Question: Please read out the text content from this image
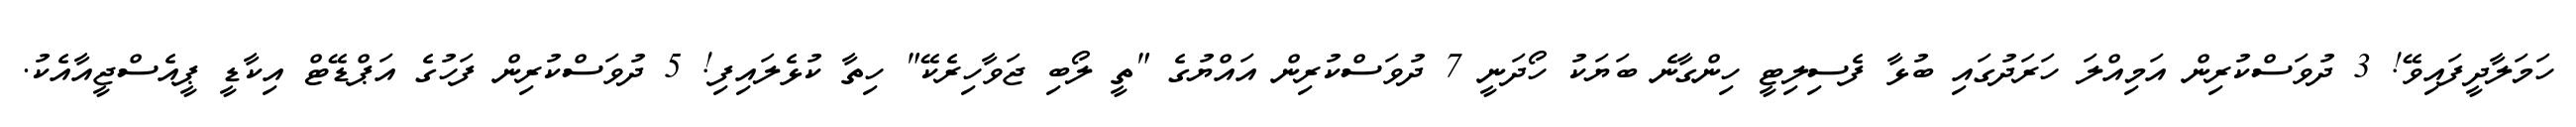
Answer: ހަމަލާދީފައިވޭ! 3 ދުވަސްކުރިން އަމިއްލަ ހަރަދުގައި ބުޅާ ފެސިލިޓީ ހިންގާނެ ބަޔަކު ހޯދަނީ 7 ދުވަސްކުރިން އައްޔުގެ "ތީ ލޯބި ޖަވާހިރެކޭ" ހިތާ ކުޅެލައިފި! 5 ދުވަސްކުރިން ފަހުގެ އަޕްޑޭޓް އިކާޑީ ޕީއެސްޖީއާއެކު.